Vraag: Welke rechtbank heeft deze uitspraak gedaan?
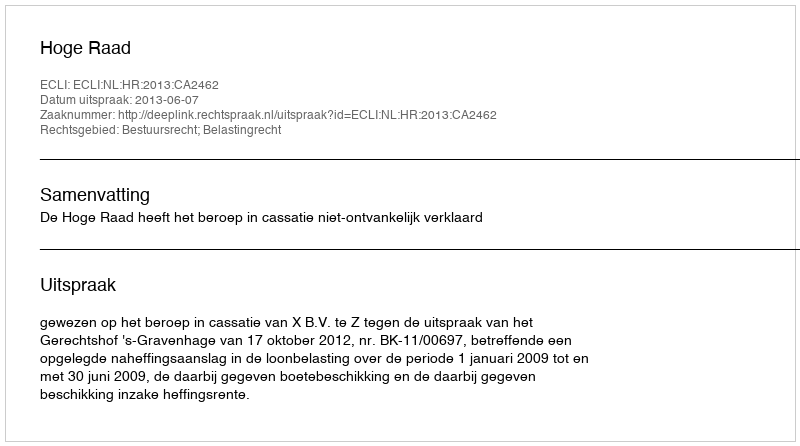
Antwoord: Hoge Raad